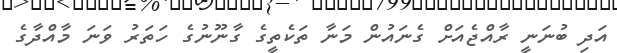
އަދި ބުނަނީ ރާއްޖެއަށް ގެނައުން މަނާ ތަކެތީގެ ގާނޫނުގެ ހަތަރު ވަނަ މާއްދާގެ